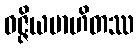
ဝဇ္ဇိယမာဟိတဿ